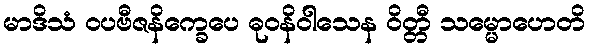
မာဒိသံ ဝပဗီဇနိက္ခေပေ ဓုဝနိဝါသေန ဝိတ္တီ သမ္မောဟေတိ